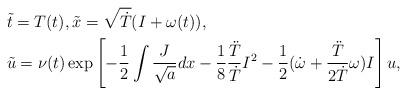
LaTeX: \begin{align*}&\tilde{t}=T(t), \tilde{x}=\sqrt{\dot{T}}(I+\omega(t)), \\&\tilde{u}=\nu(t)\exp\left[-\frac{1}{2}\int\frac{J}{\sqrt{a}}dx-\frac{1}{8}\frac{\ddot{T}}{\dot{T}}I^2-\frac{1}{2}(\dot{\omega}+\frac{\ddot{T}}{2\dot{T}}\omega)I\right]u,\end{align*}